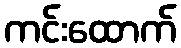
ကင်းထောက်